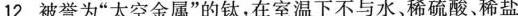
12.被誉为”太空金属”的钛，在室温下不与水、稀硫酸、稀盐